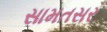
સામતસર